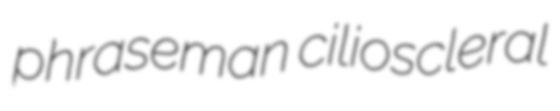
phraseman cilioscleral